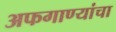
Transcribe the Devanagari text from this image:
अफगाण्यांचा